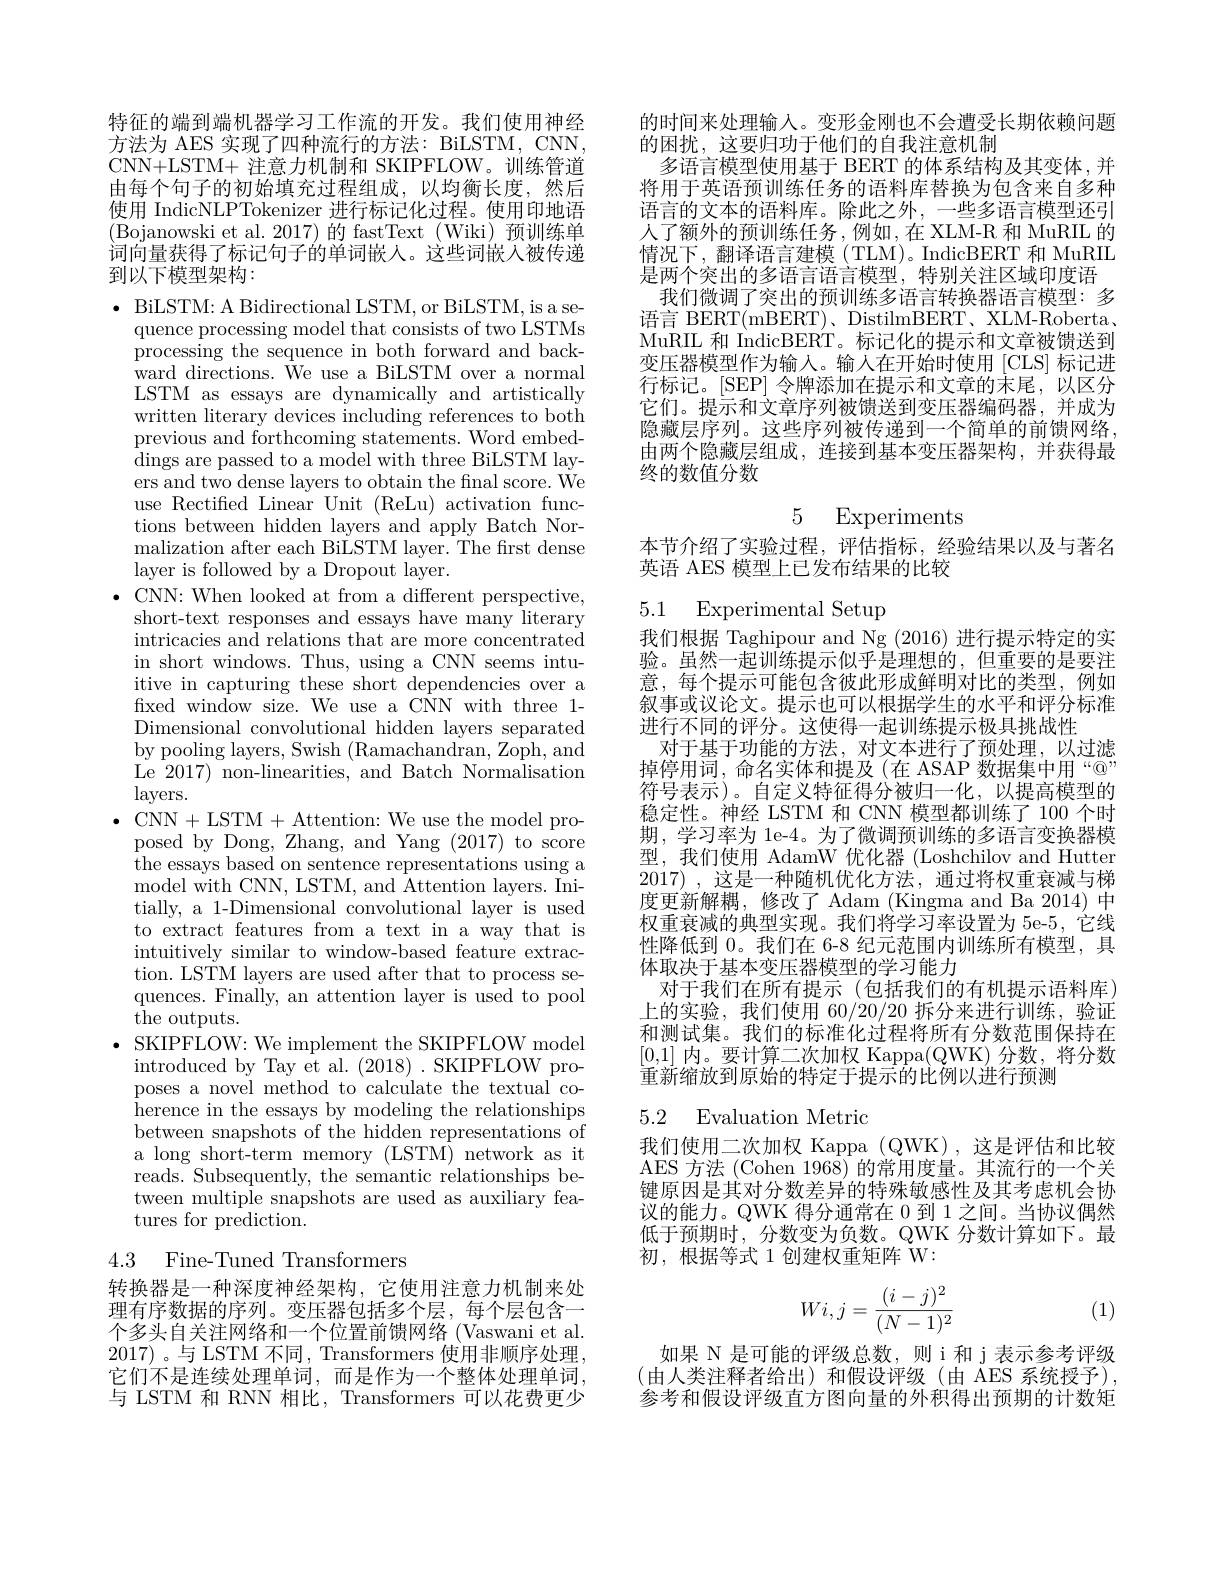
特征的端到端机器学习工作流的开发。我们使用神经方法为 AES 实现了四种流行的方法：BiLSTM, CNN, CNN+LSTM+ 注意力机制和 SKIPFLOW。训练管道由每个句子的初始填充过程组成，以均衡长度，然后使用 IndicNLPTokenizer 进行标记化过程。使用印地语(Bojanowski et al. 2017)的 fastText(Wiki)预训练单词向量获得了标记句子的单词嵌人。这些词嵌入被传递到以下模型架构：

$\bullet$BiLSTM: A Bidirectional LSTM, or BiLSTM, is a se-
quence processing model that consists of two LSTMs $\bar{\text{processing the sequence in both forward and back-}}$ ${\bar{\mathrm{ward~directions.~We~use~a~BiLSTM~over~a~normal}}}$ LSTM as essays are dynamically and artistically written literary devices including references to both previous and forthcoming statements. Word embeddings are passed to a model with three BiLSTM layers and two dense layers to obtain the final score. We use Rectified Linear Unit (ReLu) activation functions between hidden layers and apply Batch Normalization after each BiLSTM layer. The first dense layer is followed by a Dropout layer.
$\bullet$CNN: When looked at from a different perspective,
short-text responses and essays have many literary intricacies and relations that are more concentrated in short windows. Thus, using a CNN seems intuitive in capturing these short dependencies over a fixed window size. We use a CNN with three 1- Dimensional convolutional hidden layers separated by pooling layers, Swish (Ramachandran, Zoph, and Le 2017) non-linearities, and Batch Normalisation $layers.$
$\bullet$ CNN+LSTM+Attention: We use the model pro-
posed by Dong, Zhang, and Yang (2017) to score ${\mathrm{~the~essays~based~on~sentence~representations~using~a}}$ model with CNN, LSTM, and $\tilde{A}$ttention layers. Ini- tially, a 1-Dimensional convolutional layer is used to extract features from a text in a way that is intuitively similar to window-based feature extraction. LSTM layers are used after that to process sequences. Finally, an attention layer is used to pool the outputs.
$\cdot$ SKIPFLOW: We implement the SKIPFLOW model introduced by Tay et al. (2018) . SKIPFLOW proposes a novel method to calculate the textual co- ${\text{herence in the essays by modeling the relationships}}$ between snapshots of the hidden representations of a long short-term memory (LSTM) network as it reads. Subsequently, the semantic relationships between multiple snapshots are used as auxiliary features for prediction.
4.3 Fine-Tuned Transformers

转换器是一种深度神经架构，它使用注意力机制来处理有序数据的序列。变压器包括多个层，每个层包含一个多头自关注网络和一个位置前馈网络 (Vaswani et al. 2017) 。与 LSTM 不同，Transformers 使用非顺序处理， 它们不是连续处理单词，而是作为一个整体处理单词， 与 LSTM 和 RNN 相比，Transformers 可以花费更少

的时间来处理输入。变形金刚也不会遭受长期依赖问题
的困扰，这要归功于他们的自我注意机制
多语言模型使用基于 BERT 的体系结构及其变体，并将用于英语预训练任务的语料库替换为包含来自多种语言的文本的语料库。除此之外，一些多语言模型还引人了额外的预训练任务，例如，在 XLM-R 和 MuRIL 的情况下，翻译语言建模(TLM)。IndicBERT 和 MuRIL 是两个突出的多语言语言模型，特别关注区域印度语
我们微调了突出的预训练多语言转换器语言模型：多语言 BERT(mBERT)、DistilmBERT、XLM-Roberta、 MuRIL 和 IndicBERT。标记化的提示和文章被馈送到变压器模型作为输入。输人在开始时使用[CLS] 标记进行标记。[SEP] 令牌添加在提示和文章的末尾，以区分它们。提示和文章序列被馈送到变压器编码器，并成为隐藏层序列。这些序列被传递到一个简单的前馈网络， 由两个隐藏层组成，连接到基本变压器架构，并获得最终的数值分数

## 5 Experiments

本节介绍了实验过程，评估指标，经验结果以及与著名
英语 AES 模型上已发布结果的比较

## 5.1 Experimental Setup

我们根据 Taghipour and Ng (2016) 进行提示特定的实验。虽然一起训练提示似乎是理想的，但重要的是要注意，每个提示可能包含彼此形成鲜明对比的类型，例如叙事或议论文。提示也可以根据学生的水平和评分标准进行不同的评分。这使得一起训练提示极具挑战性
对于基于功能的方法，对文本进行了预处理，以过滤掉停用词，命名实体和提及(在 ASAP 数据集中用“@” 符号表示)。自定义特征得分被归一化，以提高模型的稳定性。神经 LSTM 和 CNN 模型都训练了 100 个时期，学习率为 1e-4。为了微调预训练的多语言变换器模型，我们使用 AdamW 优化器 (Loshchilov and Hutter 2017) , 这是一种随机优化方法，通过将权重衰减与梯度更新解耦，修改了 Adam (Kingma and Ba 2014)中权重衰减的典型实现。我们将学习率设置为 5e-5, 它线性降低到 0。我们在 6-8 纪元范围内训练所有模型，具体取决于基本变压器模型的学习能力
对于我们在所有提示(包括我们的有机提示语料库) 上的实验，我们使用 60/20/20 拆分来进行训练，验证和测试集。我们的标准化过程将所有分数范围保持在[0,1]内。要计算二次加权 Kappa(QWK) 分数，将分数重新缩放到原始的特定于提示的比例以进行预测

## 5.2 Evaluation Metric

我们使用二次加权 Kappa (QWK),这是评估和比较AES 方法 (Cohen 1968) 的常用度量。其流行的一个关键原因是其对分数差异的特殊敏感性及其考虑机会协议的能力。QWK 得分通常在 0 到 1 之间。当协议偶然低于预期时，分数变为负数。QWK 分数计算如下。最初，根据等式 1 创建权重矩阵 W:
$$Wi,j=\frac{(i-j)^2}{(N-1)^2}$$
(1)

如果 N 是可能的评级总数，则 i 和 j 表示参考评级(由人类注释者给出)和假设评级(由 AES 系统授予), 参考和假设评级直方图向量的外积得出预期的计数矩